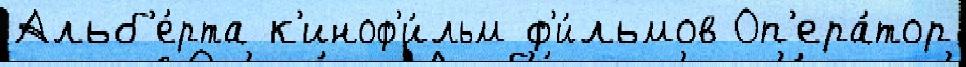
Альб'е́рта к'иноф'и́льм ф'и́льмов Оп'ера́тор